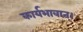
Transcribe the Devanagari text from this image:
कार्यभावात्।